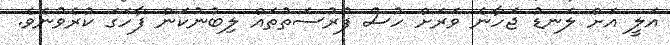
އަލީ އަށް ލަނޑު ޖަހާނެ ވަރަށް ހުސް ފުރުސަތުތައް ލިބުނުކަން ފާހަގަ ކުރެވުނެވެ.